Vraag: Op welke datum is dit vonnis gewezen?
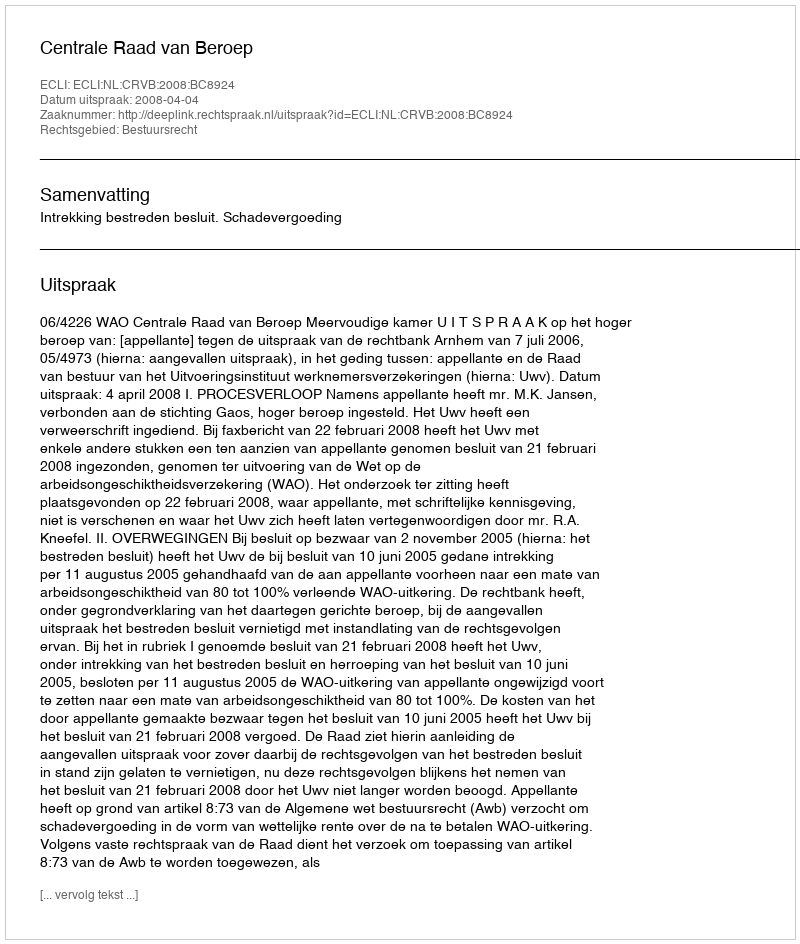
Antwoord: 2008-04-04